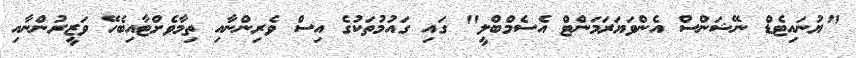
"ޔުނައިޓެޑް ނޭޝަންސް އެންވަޔަރަމަންޓް އެސެމްބްލީ" ގައި ގައުމުތަކުގެ އިސް ވެރިންނާއި ތިމާވެށްޓާއިބެހޭ ވަޒީރުންނާއި